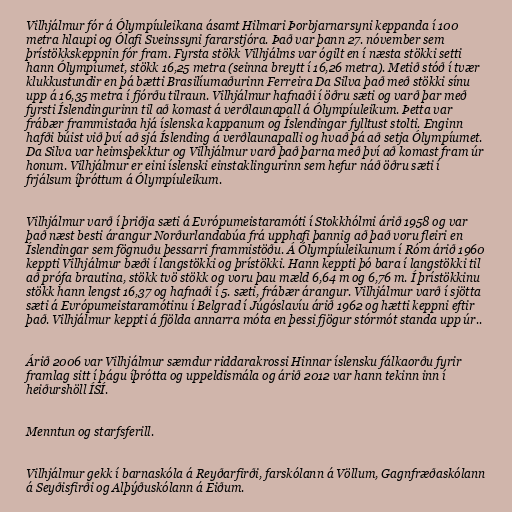
Vilhjálmur fór á Ólympíuleikana ásamt Hilmari Þorbjarnarsyni keppanda í 100
metra hlaupi og Ólafi Sveinssyni fararstjóra. Það var þann 27. nóvember sem
þrístökkskeppnin fór fram. Fyrsta stökk Vilhjálms var ógilt en í næsta stökki setti
hann Ólympíumet, stökk 16,25 metra (seinna breytt í 16,26 metra). Metið stóð í tvær
klukkustundir en þá bætti Brasilíumaðurinn Ferreira Da Silva það með stökki sínu
upp á 16,35 metra í fjórðu tilraun. Vilhjálmur hafnaði í öðru sæti og varð þar með
fyrsti Íslendingurinn til að komast á verðlaunapall á Ólympíuleikum. Þetta var
frábær frammistaða hjá íslenska kappanum og Íslendingar fylltust stolti. Enginn
hafði búist við því að sjá Íslending á verðlaunapalli og hvað þá að setja Ólympíumet.
Da Silva var heimsþekktur og Vilhjálmur varð það þarna með því að komast fram úr
honum. Vilhjálmur er eini íslenski einstaklingurinn sem hefur náð öðru sæti í
frjálsum íþróttum á Ólympíuleikum.

Vilhjálmur varð í þriðja sæti á Evrópumeistaramóti í Stokkhólmi árið 1958 og var
það næst besti árangur Norðurlandabúa frá upphafi þannig að það voru fleiri en
Íslendingar sem fögnuðu þessarri frammistöðu. Á Ólympíuleikunum í Róm árið 1960
keppti Vilhjálmur bæði í langstökki og þrístökki. Hann keppti þó bara í langstökki til
að prófa brautina, stökk tvö stökk og voru þau mæld 6,64 m og 6,76 m. Í þrístökkinu
stökk hann lengst 16,37 og hafnaði í 5. sæti, frábær árangur. Vilhjálmur varð í sjötta
sæti á Evrópumeistaramótinu í Belgrad í Júgóslavíu árið 1962 og hætti keppni eftir
það. Vilhjálmur keppti á fjölda annarra móta en þessi fjögur stórmót standa upp úr..

Árið 2006 var Vilhjálmur sæmdur riddarakrossi Hinnar íslensku fálkaorðu fyrir
framlag sitt í þágu íþrótta og uppeldismála og árið 2012 var hann tekinn inn í
heiðurshöll ÍSÍ.

Menntun og starfsferill.

Vil­hjálm­ur gekk í barna­skól­a á Reyðarf­irði, far­skól­ann á Völl­um, Gagn­fræðaskól­ann
á Seyðis­firði og Alþýðuskól­ann á Eiðum.